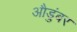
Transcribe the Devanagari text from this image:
औडुंबर